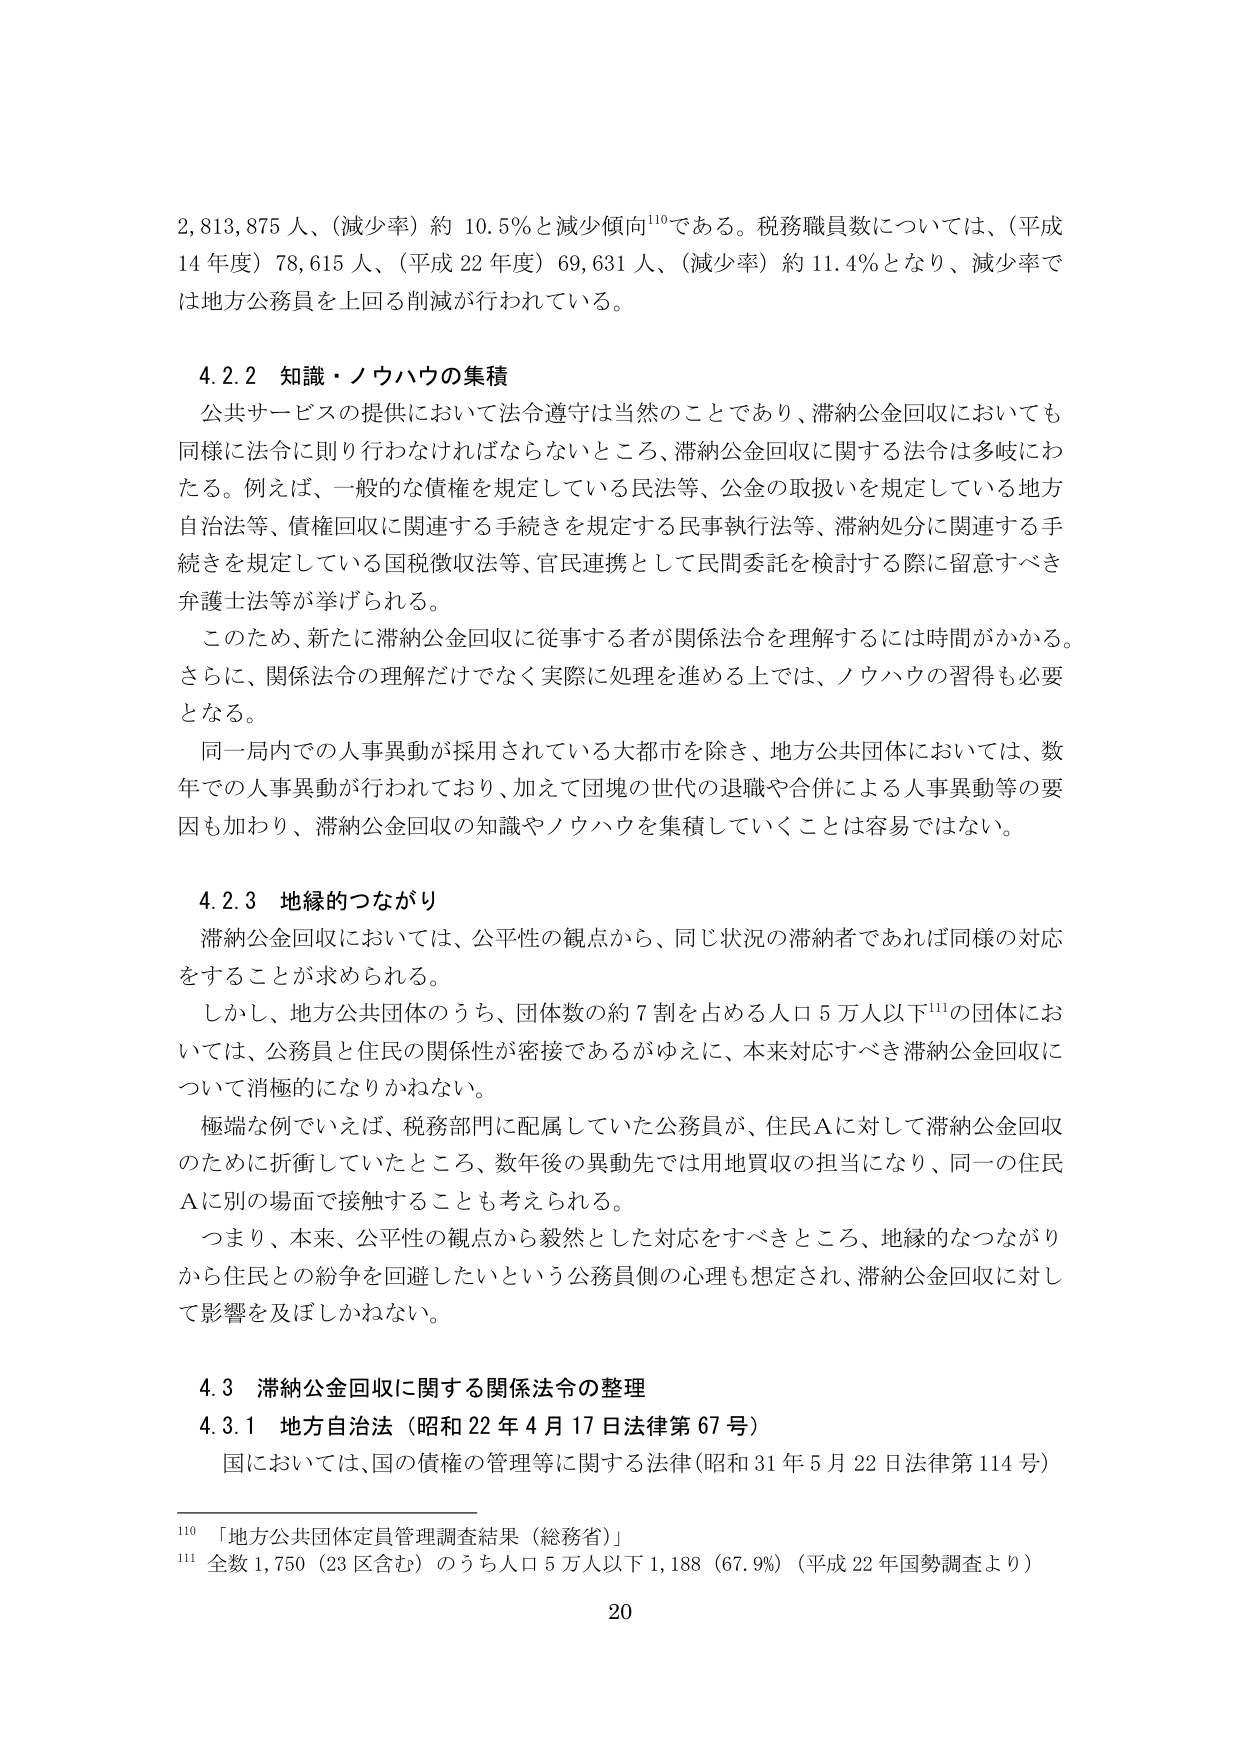
2,813,875人、（減少率）約10.5％と減少傾向¹¹⁰である。税務職員数については、（平成14年度）78,615人、（平成22年度）69,631人、（減少率）約11.4％となり、減少率では地方公務員を上回る削減が行われている。

4.2.2 知識・ノウハウの集積
公共サービスの提供において法令遵守は当然のことであり、滞納公金回収においても同様に法令に則り行わなければならないところ、滞納公金回収に関する法令は多岐にわたる。例えば、一般的な債権を規定している民法等、公金の取扱いを規定している地方自治法等、債権回収に関連する手続きを規定する民事執行法等、滞納処分に関連する手続きを規定している国税徴収法等、官民連携として民間委託を検討する際に留意すべき弁護士法等が挙げられる。
このため、新たに滞納公金回収に従事する者が関係法令を理解するには時間がかかる。さらに、関係法令の理解だけでなく実際に処理を進める上では、ノウハウの習得も必要となる。
同一局内での人事異動が採用されている大都市を除き、地方公共団体においては、数年での人事異動が行われており、加えて団塊の世代の退職や合併による人事異動等の要因も加わり、滞納公金回収の知識やノウハウを集積していくことは容易ではない。

4.2.3 地縁的つながり
滞納公金回収においては、公平性の観点から、同じ状況の滞納者であれば同様の対応をすることが求められる。
しかし、地方公共団体のうち、団体数の約7割を占める人口5万人以下¹¹¹の団体においては、公務員と住民の関係性が密接であるがゆえに、本来対応すべき滞納公金回収について消極的になりかねない。
極端な例でいえば、税務部門に配属していた公務員が、住民Aに対して滞納公金回収のために折衝していたところ、数年後の異動先では用地買収の担当になり、同一の住民Aに別の場面で接触することも考えられる。
つまり、本来、公平性の観点から毅然とした対応をすべきところ、地縁的つながりから住民との紛争を回避したいという公務員側の心理も想定され、滞納公金回収に対して影響を及ぼしかねない。

4.3 滞納公金回収に関する関係法令の整理
4.3.1 地方自治法（昭和22年4月17日法律第67号）
国においては、国の債権の管理等に関する法律（昭和31年5月22日法律第114号）

¹¹⁰ 「地方公共団体定員管理調査結果（総務省）」
¹¹¹ 全数1,750（23区含む）のうち人口5万人以下1,188（67.9％）（平成22年国勢調査より）

20